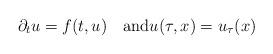
LaTeX: \begin{align*}\partial_tu = f(t,u)\quad\mbox{and}u(\tau,x)=u_{\tau}(x)\end{align*}